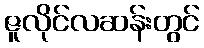
ဇူလိုင်လဆန်းတွင်